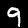
Digit: 9